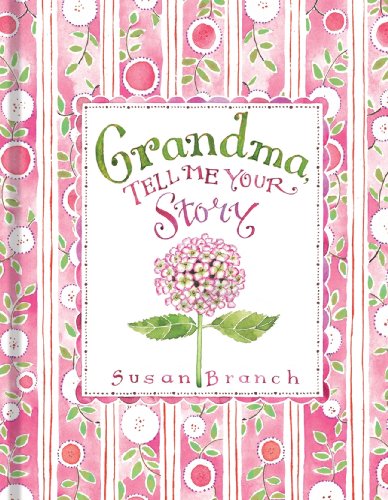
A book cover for Grandma Tell Me Your Story; Literature & Fiction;